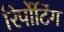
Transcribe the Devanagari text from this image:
रिर्पोटिंग